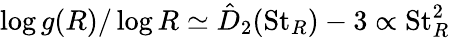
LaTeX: \log g(R)/\log R\simeq\hat{D}_{2}(\mathrm{St}_{R})-3\propto\mathrm{St}_{R}^{2}